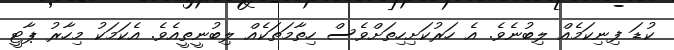
ކުޑަ ފިނިކަމެއް ލިބުނެވެ. އެ ހަރުކަށިހިތަށްވެސް ހިތާމަތަކެއް ލިބުނީތީއެވެ. އެކަމަކު މިހާރު ޕާޓީ